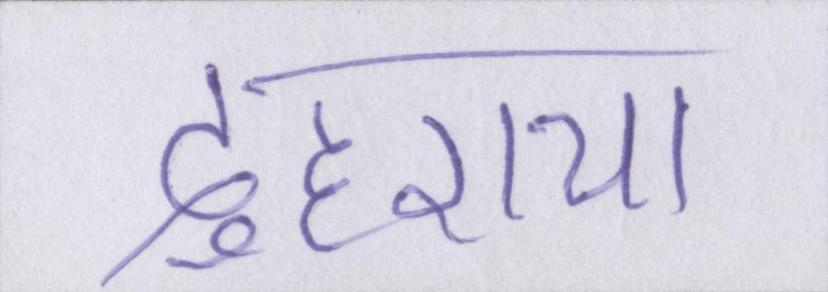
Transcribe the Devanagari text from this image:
दुहराया